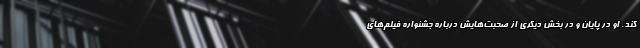
کند. او در پایان و در بخش دیگری از صحبت‌هایش درباره جشنواره فیلم‌های